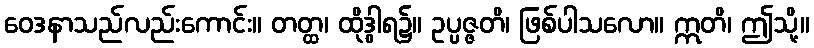
ဝေဒနာသည်လည်းကောင်း။ တတ္ထ၊ ထိုဒွါရ၌။ ဥပ္ပဇ္ဇတိ၊ ဖြစ်ပါသလော။ ဣတိ၊ ဤသို့။